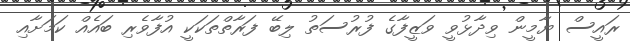
ރައީސް ޔާމީން ވިދާޅުވީ ވަޒީފާގެ ފުރުސަތު ލިބޭ ފަރާތްތަކަކީ އުފާވެރި ބައެއް ކަމަށާއި